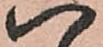
八